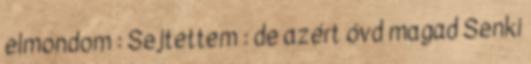
elmondom : Sejtettem : de azért óvd magad Senki